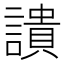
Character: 䜋